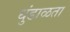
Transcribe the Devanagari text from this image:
धुंडाळता